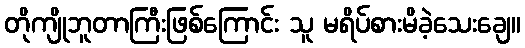
တိုကျိုဘူတာကြီးဖြစ်ကြောင်း သူ မရိပ်စားမိခဲ့သေးချေ။